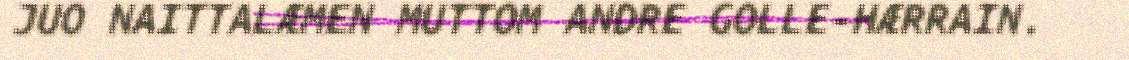
JUO NAITTALÆMEN MUTTOM ANDRE GOLLE-HÆRRAIN.